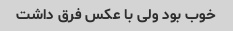
خوب بود ولی با عکس فرق داشت